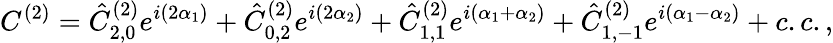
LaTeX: C^{(2)}=\hat{C}_{2,0}^{(2)}e^{i(2\alpha_{1})}+\hat{C}_{0,2}^{(2)}e^{i(2\alpha_{2})}+\hat{C}_{1,1}^{(2)}e^{i(\alpha_{1}+\alpha_{2})}+\hat{C}_{1,-1}^{(2)}e^{i(\alpha_{1}-\alpha_{2})}+c.c.,